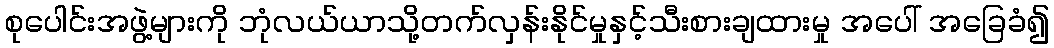
စုပေါင်းအဖွဲ့များကို ဘုံလယ်ယာသို့တက်လှန်းနိုင်မှုနှင့်သီးစားချထားမှု အပေါ် အခြေခံ၍